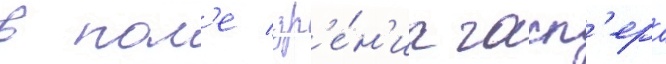
в пол'е зр'е́н'иа гасп'ера